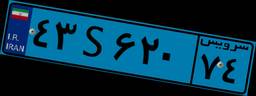
۴۳S۶۲۰۷۴